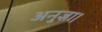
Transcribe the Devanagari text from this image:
अनुज्ञा।